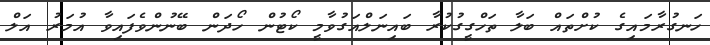
ހަނގުރާމައިގެ ކުށްތައް ބަލާ ތަހްގީގުކުރާ ބައިނަލްއަގުވާމީ ކޯޓުން ހޯދަން ބޭނުންވެފައިވާ އުމަރު އަލް